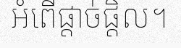
អំពើផ្តាច់ផ្តិល។